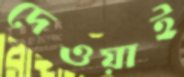
দেওয়াই